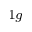
_ { 1 g }